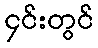
၄င်းတွင်